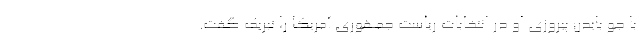
با جو بایدن پیروزی او در انتخابات ریاست جمهوری آمریکا را تبریک گفت.